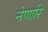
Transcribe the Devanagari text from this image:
नेणारि